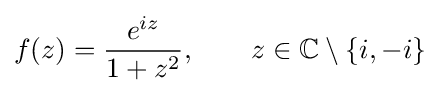
f(z)={\frac {e^{iz}}{1+z^{2}}},\qquad z\in {\mathbb {C} }\setminus \{i,-i\}